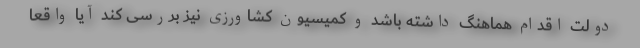
دولت اقدام هماهنگ داشته باشد و کمیسیون کشاورزی نیز بررسی کند آیا واقعا